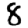
Digit: 8